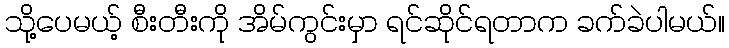
သို့ပေမယ့် စီးတီးကို အိမ်ကွင်းမှာ ရင်ဆိုင်ရတာက ခက်ခဲပါမယ်။